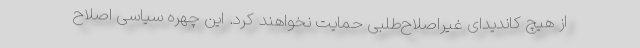
از هیچ کاندیدای غیراصلاح‌طلبی حمایت نخواهند کرد. این چهره سیاسی اصلاح